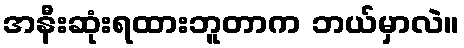
အနီးဆုံးရထားဘူတာက ဘယ်မှာလဲ။